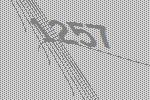
1257